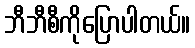
ဘီဘီစီကိုပြောပါတယ်။